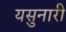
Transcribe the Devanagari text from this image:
यसुनारी